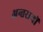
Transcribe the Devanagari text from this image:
अन्तरायों